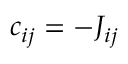
c _ { i j } = - J _ { i j }